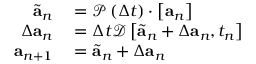
\begin{array} { r } { \begin{array} { r l } { \tilde { \mathbf { a } } _ { n } } & { { } = \mathcal { P } \left( \Delta t \right) \cdot \left[ \mathbf { a } _ { n } \right] } \\ { \Delta \mathbf { a } _ { n } } & { { } = \Delta t \mathcal { D } \left[ \tilde { \mathbf { a } } _ { n } + \Delta \mathbf { a } _ { n } , t _ { n } \right] } \\ { \mathbf { a } _ { n + 1 } } & { { } = \tilde { \mathbf { a } } _ { n } + \Delta \mathbf { a } _ { n } } \end{array} } \end{array}